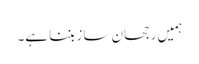
ہمیں رجحان ساز بننا ہے۔